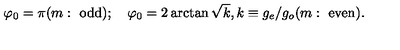
\varphi _ { 0 } = \pi ( m : \ \mathrm { o d d } ) ; \quad \varphi _ { 0 } = 2 \arctan \sqrt { k } , k \equiv g _ { e } / { g _ { o } } ( m : \ \mathrm { e v e n } ) .